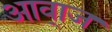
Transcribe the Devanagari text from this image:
आवा्ज